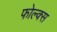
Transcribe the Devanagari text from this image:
फोल्क्स